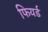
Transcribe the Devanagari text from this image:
फियर्ड